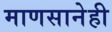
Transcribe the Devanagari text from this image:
माणसानेही